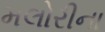
મલોરીના